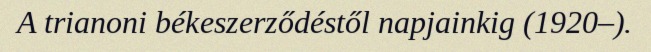
A trianoni békeszerződéstől napjainkig (1920–).